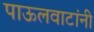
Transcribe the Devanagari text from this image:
पाऊलवाटांनी